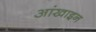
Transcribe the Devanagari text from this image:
आंखाइन